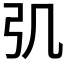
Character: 𢎪